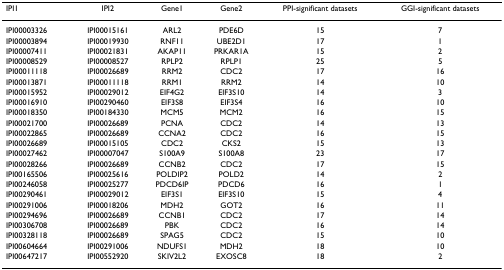
<table><thead><tr><td><b>IPI1</b></td><td><b>IPI2</b></td><td><b>Gene1</b></td><td><b>Gene2</b></td><td><b>PPI-significant datasets</b></td><td><b>GGI-significant datasets</b></td></tr></thead><tbody><tr><td>IPI00003326</td><td>IPI00015161</td><td>ARL2</td><td>PDE6D</td><td>15</td><td>7</td></tr><tr><td>IPI00003894</td><td>IPI00019930</td><td>RNF11</td><td>UBE2D1</td><td>17</td><td>1</td></tr><tr><td>IPI00007411</td><td>IPI00021831</td><td>AKAP11</td><td>PRKAR1A</td><td>15</td><td>2</td></tr><tr><td>IPI00008529</td><td>IPI00008527</td><td>RPLP2</td><td>RPLP1</td><td>25</td><td>5</td></tr><tr><td>IPI00011118</td><td>IPI00026689</td><td>RRM2</td><td>CDC2</td><td>17</td><td>16</td></tr><tr><td>IPI00013871</td><td>IPI00011118</td><td>RRM1</td><td>RRM2</td><td>14</td><td>10</td></tr><tr><td>IPI00015952</td><td>IPI00029012</td><td>EIF4G2</td><td>EIF3S10</td><td>14</td><td>3</td></tr><tr><td>IPI00016910</td><td>IPI00290460</td><td>EIF3S8</td><td>EIF3S4</td><td>16</td><td>10</td></tr><tr><td>IPI00018350</td><td>IPI00184330</td><td>MCM5</td><td>MCM2</td><td>16</td><td>15</td></tr><tr><td>IPI00021700</td><td>IPI00026689</td><td>PCNA</td><td>CDC2</td><td>14</td><td>13</td></tr><tr><td>IPI00022865</td><td>IPI00026689</td><td>CCNA2</td><td>CDC2</td><td>16</td><td>15</td></tr><tr><td>IPI00026689</td><td>IPI00015105</td><td>CDC2</td><td>CKS2</td><td>15</td><td>13</td></tr><tr><td>IPI00027462</td><td>IPI00007047</td><td>S100A9</td><td>S100A8</td><td>23</td><td>17</td></tr><tr><td>IPI00028266</td><td>IPI00026689</td><td>CCNB2</td><td>CDC2</td><td>17</td><td>15</td></tr><tr><td>IPI00165506</td><td>IPI00025616</td><td>POLDIP2</td><td>POLD2</td><td>14</td><td>2</td></tr><tr><td>IPI00246058</td><td>IPI00025277</td><td>PDCD6IP</td><td>PDCD6</td><td>16</td><td>1</td></tr><tr><td>IPI00290461</td><td>IPI00029012</td><td>EIF3S1</td><td>EIF3S10</td><td>15</td><td>4</td></tr><tr><td>IPI00291006</td><td>IPI00018206</td><td>MDH2</td><td>GOT2</td><td>16</td><td>11</td></tr><tr><td>IPI00294696</td><td>IPI00026689</td><td>CCNB1</td><td>CDC2</td><td>17</td><td>14</td></tr><tr><td>IPI00306708</td><td>IPI00026689</td><td>PBK</td><td>CDC2</td><td>16</td><td>14</td></tr><tr><td>IPI00328118</td><td>IPI00026689</td><td>SPAG5</td><td>CDC2</td><td>15</td><td>10</td></tr><tr><td>IPI00604664</td><td>IPI00291006</td><td>NDUFS1</td><td>MDH2</td><td>18</td><td>10</td></tr><tr><td>IPI00647217</td><td>IPI00552920</td><td>SKIV2L2</td><td>EXOSC8</td><td>18</td><td>2</td></tr></tbody></table>